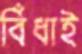
বিঁধাই